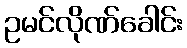
ဥမင်လိုဏ်ခေါင်း